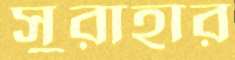
সুরাহার